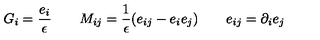
G _ { i } = \frac { e _ { i } } \epsilon \qquad M _ { i j } = \frac 1 \epsilon ( e _ { i j } - e _ { i } e _ { j } ) \qquad e _ { i j } = \partial _ { i } e _ { j }